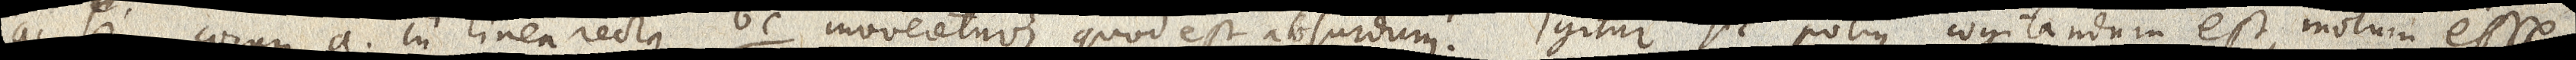
ac si corpus a. in linea recta bc. moveretur, quod est absurdum. Igitur sic potius cogitandum est, motum esse